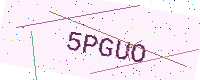
Text: 5PGUO